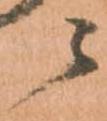
ニ